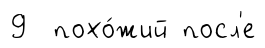
9 похо́жий посл'е